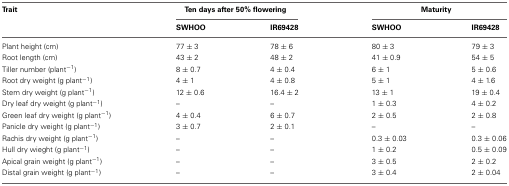
<table><thead><tr><td><b>Trait</b></td><td colspan="2"><b>Ten days after 50% flowering</b></td><td colspan="2"><b>Maturity</b></td></tr><tr><td></td><td><b>SWHOO</b></td><td><b>IR69428</b></td><td><b>SWHOO</b></td><td><b>IR69428</b></td></tr></thead><tbody><tr><td>Plant height (cm)</td><td>77 ± 3</td><td>78 ± 6</td><td>80 ± 3</td><td>79 ± 3</td></tr><tr><td>Root length (cm)</td><td>43 ± 2</td><td>48 ± 2</td><td>41 ± 0.9</td><td>54 ± 5</td></tr><tr><td>Tiller number (plant<sup>−1</sup>)</td><td>8 ± 0.7</td><td>4 ± 0.4</td><td>6 ± 1</td><td>5 ± 0.6</td></tr><tr><td>Root dry weight (g plant<sup>−1</sup>)</td><td>4 ± 1</td><td>4 ± 0.8</td><td>5 ± 1</td><td>4 ± 1.6</td></tr><tr><td>Stem dry weight (g plant<sup>−1</sup>)</td><td>12 ± 0.6</td><td>16.4 ± 2</td><td>13 ± 1</td><td>19 ± 0.4</td></tr><tr><td>Dry leaf dry weight (g plant<sup>−1</sup>)</td><td>–</td><td>–</td><td>1 ± 0.3</td><td>4 ± 0.2</td></tr><tr><td>Green leaf dry weight (g plant<sup>−1</sup>)</td><td>4 ± 0.4</td><td>6 ± 0.7</td><td>2 ± 0.5</td><td>2 ± 0.8</td></tr><tr><td>Panicle dry weight (g plant<sup>−1</sup>)</td><td>3 ± 0.7</td><td>2 ± 0.1</td><td>–</td><td>–</td></tr><tr><td>Rachis dry weight (g plant<sup>−1</sup>)</td><td>–</td><td>–</td><td>0.3 ± 0.03</td><td>0.3 ± 0.06</td></tr><tr><td>Hull dry wieght (g plant<sup>−1</sup>)</td><td>–</td><td>–</td><td>1 ± 0.2</td><td>0.5 ± 0.09</td></tr><tr><td>Apical grain weight (g plant<sup>−1</sup>)</td><td>–</td><td>–</td><td>3 ± 0.5</td><td>2 ± 0.2</td></tr><tr><td>Distal grain weight (g plant<sup>−1</sup>)</td><td>–</td><td>–</td><td>3 ± 0.4</td><td>2 ± 0.04</td></tr></tbody></table>